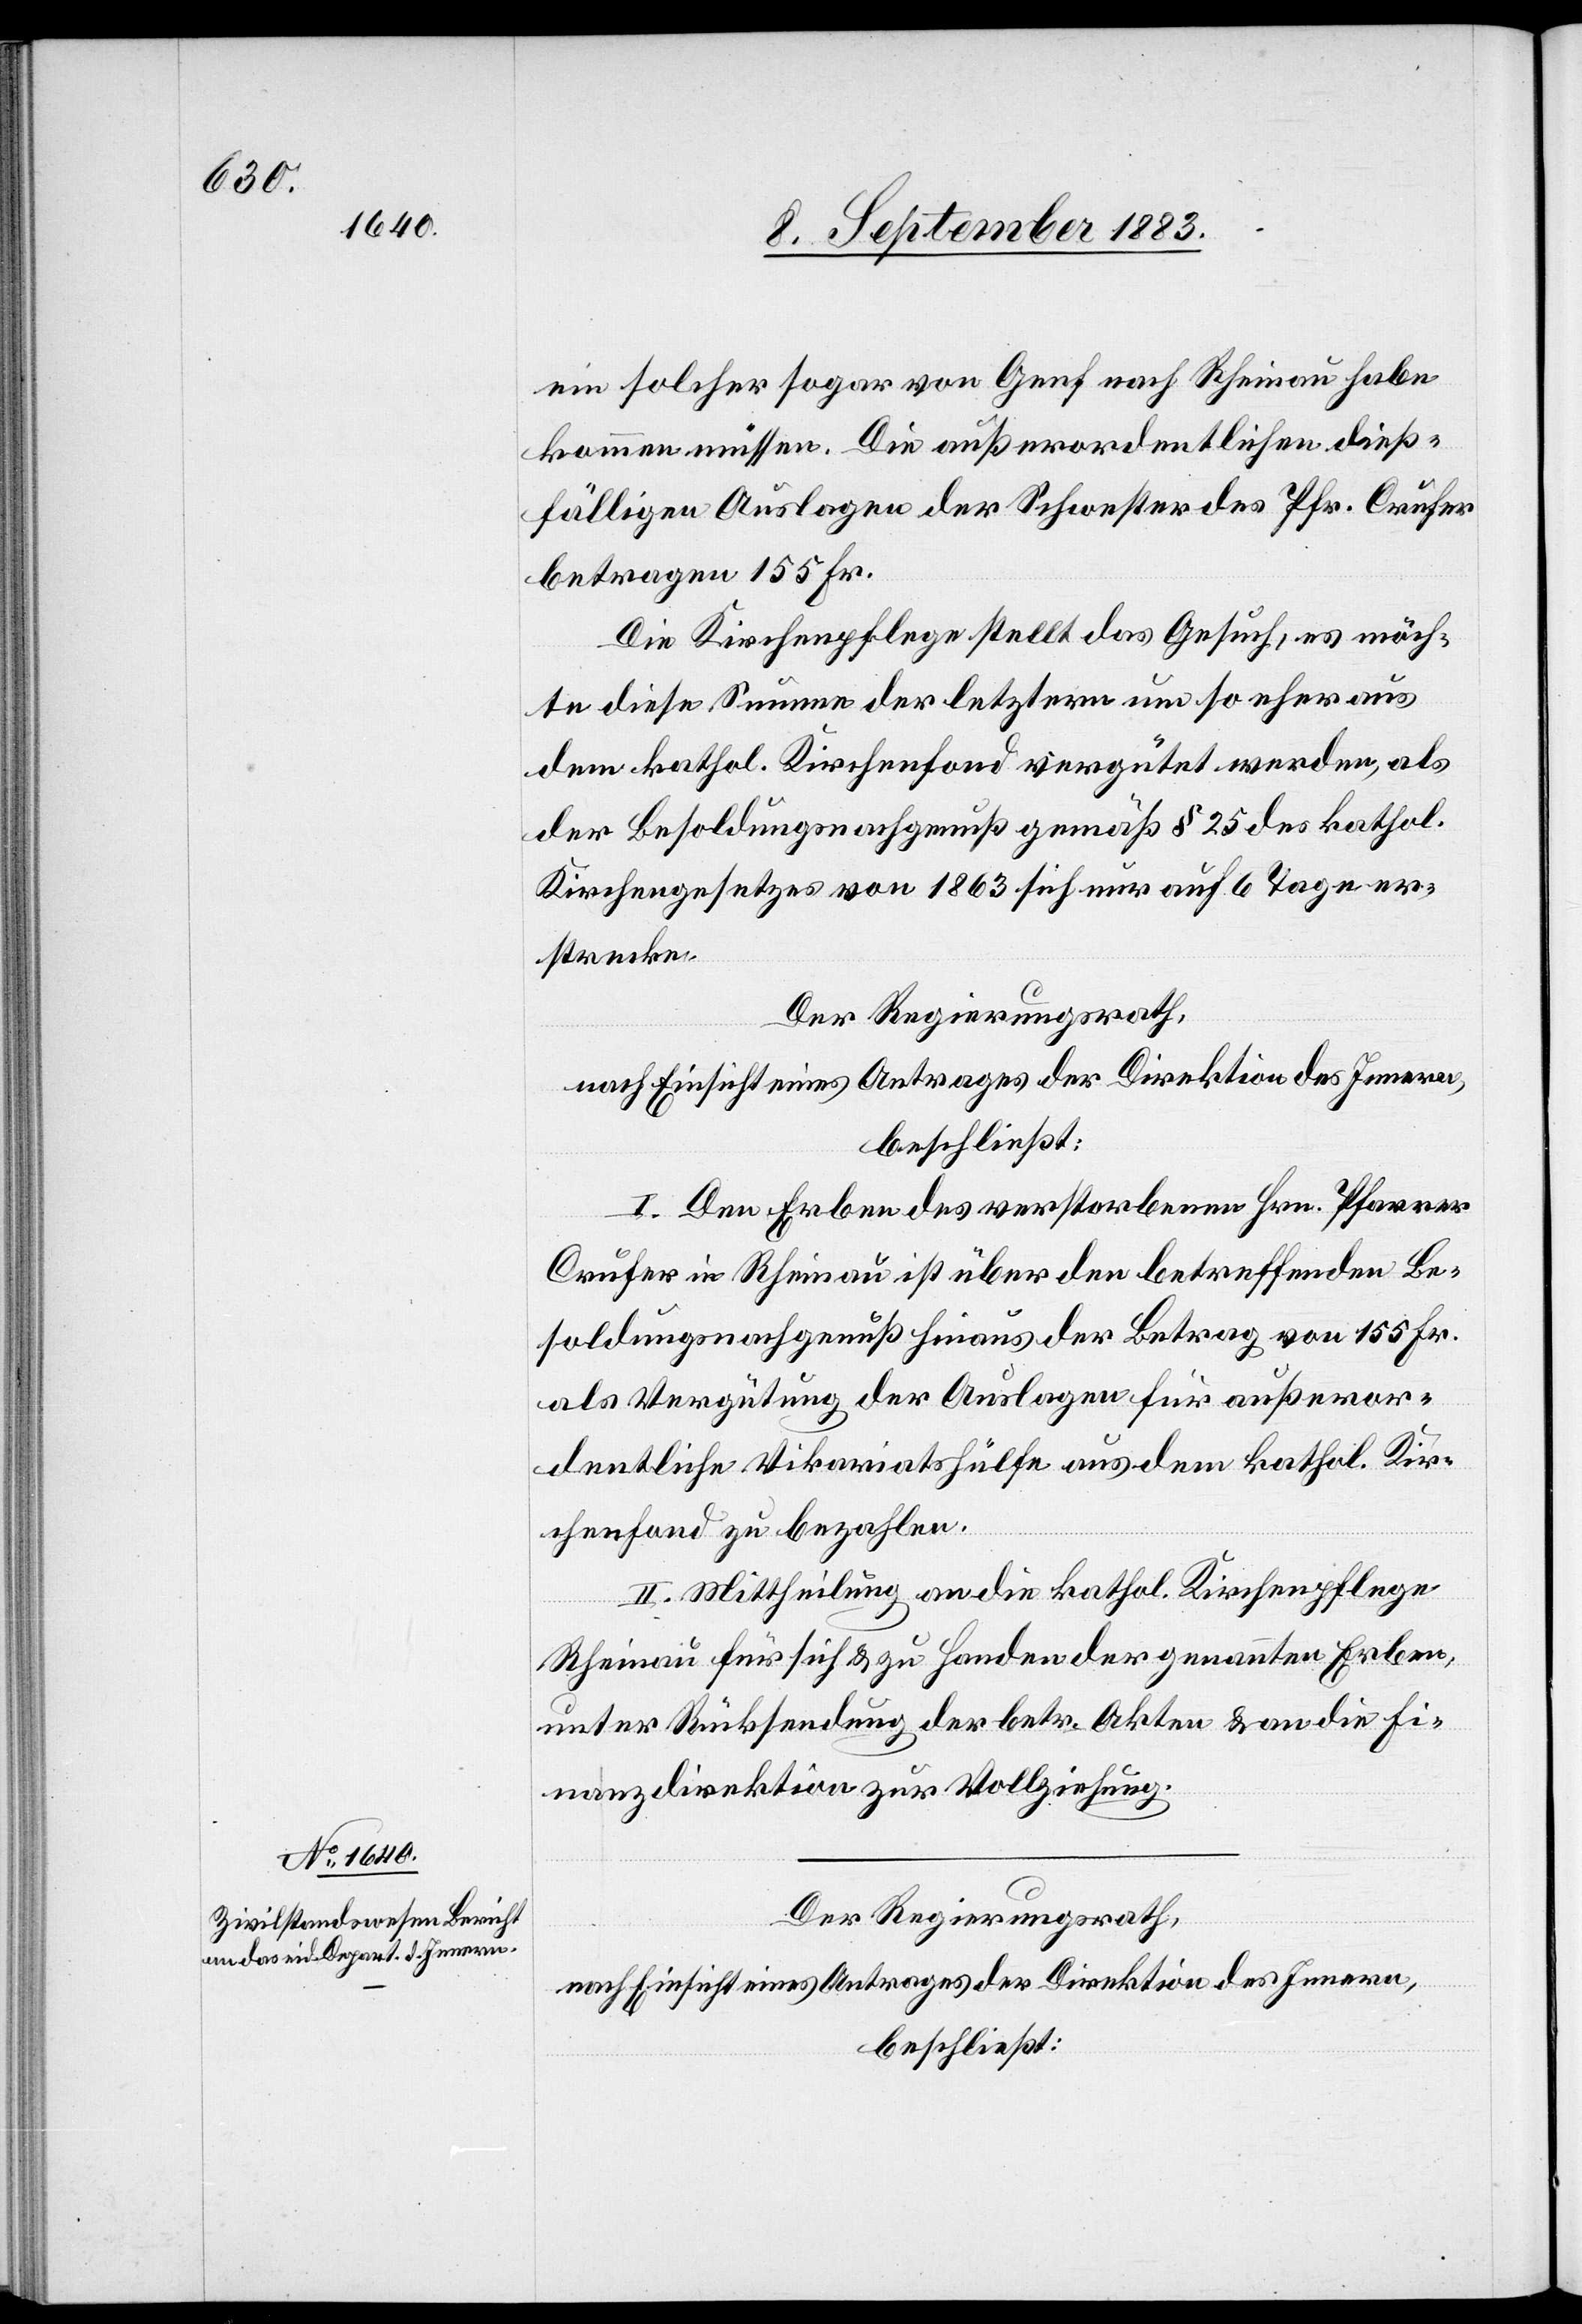
ein solcher sogar von Genf nach Rheinau habe
kommen müssen. Die außerordentlichen dieß¬
fälligen Auslagen der Schwester des Pfr. Crufer
betragen 155 Fr.
Die Kirchenpflege stellt das Gesuch, es möch¬
te diese Summe der letztern um so eher aus
dem kathol. Kirchenfond vergütet werden, als
der Besoldungsnachgenuß gemäß § 25 des kathol.
Kirchengesetzes von 1863 sich nur auf 6 Tage er¬
strecke.
Der Regierungsrath,
nach Einsicht eines Antrages der Direktion des Innern,
beschließt:
I. Den Erben des verstorbenen Hrn. Pfarrer
Crufer in Rheinau ist über den betreffenden Be¬
soldungsnachgenuß hinaus der Betrag von 155 Fr.
als Vergütung der Auslagen für außeror¬
dentliche Vikariatshülfe aus dem kathol. Kir¬
chenfond zu bezahlen.
II. Mittheilung an die kathol. Kirchenpflege
Rheinau für sich & zu handen der genannten Erben,
unter Rücksendung der betr. Akten & an die Fi¬
nanzdirektion zur Vollziehung.
Der Regierungsrath,
nach Einsicht eines Antrages der Direktion des Innern,
beschließt: